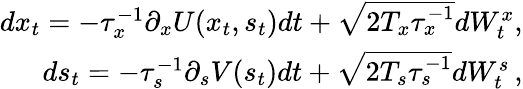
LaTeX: \begin{array}{r}{dx_{t}=-\tau_{x}^{-1}\partial_{x}U(x_{t},s_{t})dt+\sqrt{2T_{x}\tau_{x}^{-1}}dW_{t}^{x},}\\ {ds_{t}=-\tau_{s}^{-1}\partial_{s}V(s_{t})dt+\sqrt{2T_{s}\tau_{s}^{-1}}dW_{t}^{s}\, ,}\end{array}